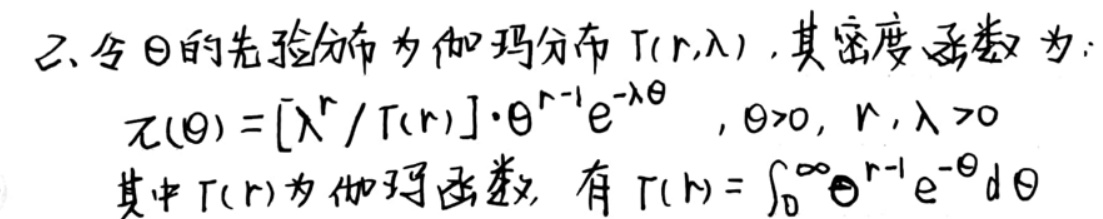
2. 令 $\theta$ 的先验分布为伽玛分布 $\Gamma(r,\lambda)$，其密度函数为：
\[
\pi(\theta)=\frac{\lambda^{r}}{\Gamma(r)}\cdot\theta^{r - 1}e^{-\lambda\theta},\quad\theta>0,r,\lambda>0
\]
其中 $\Gamma(r)$ 为伽玛函数，有 $\Gamma(r)=\int_{0}^{\infty}\theta^{r - 1}e^{-\theta}d\theta$